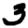
Digit: 3